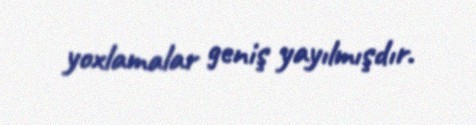
yoxlamalar geniş yayılmışdır.